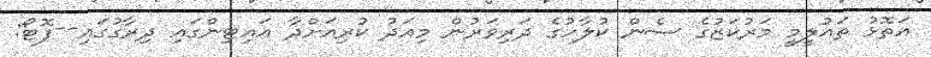
އަތޮޅު ތައުލީމީ މަރުކަޒުގެ ސެން ކުލާހުގެ ދަރިވަރުން މިއަދު ކުރިއަށްދާ އައިޓިންގައި ދިރާގުގައި--ފޮޓޯ: